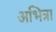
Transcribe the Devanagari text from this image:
अभित्रा